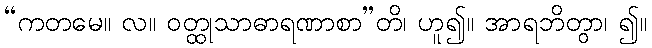
“ကတမေ။ လ။ ဝတ္ထုသာဓာရဏာစာ”တိ၊ ဟူ၍။ အာရဘိတွာ၊ ၍။